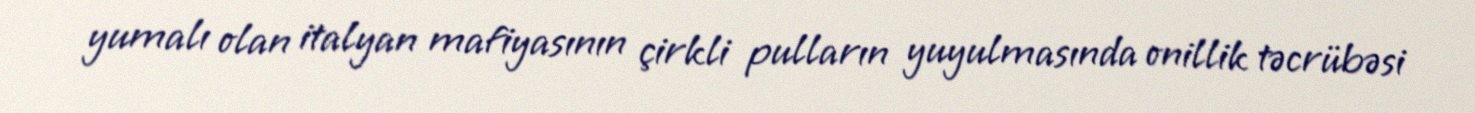
yumalı olan italyan mafiyasının çirkli pulların yuyulmasında onillik təcrübəsi